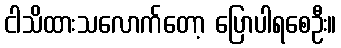
ငါသိထားသလောက်တော့ ပြောပါရစေဦး။